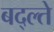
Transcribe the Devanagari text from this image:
बद्ल्ते